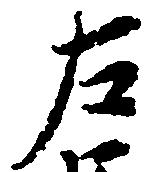
左